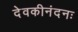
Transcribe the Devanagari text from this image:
देवकीनंदनः